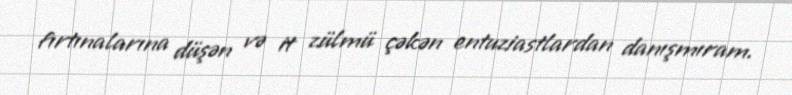
fırtınalarına düşən və it zülmü çəkən entuziastlardan danışmıram.